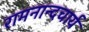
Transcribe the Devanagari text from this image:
रामनान्दचार्य